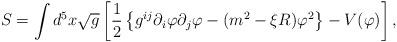
LaTeX: \begin{align*}S=\int d^5x\sqrt{g}\left[ \frac{1}{2}\left\{ g^{ij}\partial_i\varphi\partial_j\varphi - (m^2-\xi R)\varphi^2 \right\} - V(\varphi) \right] , \end{align*}